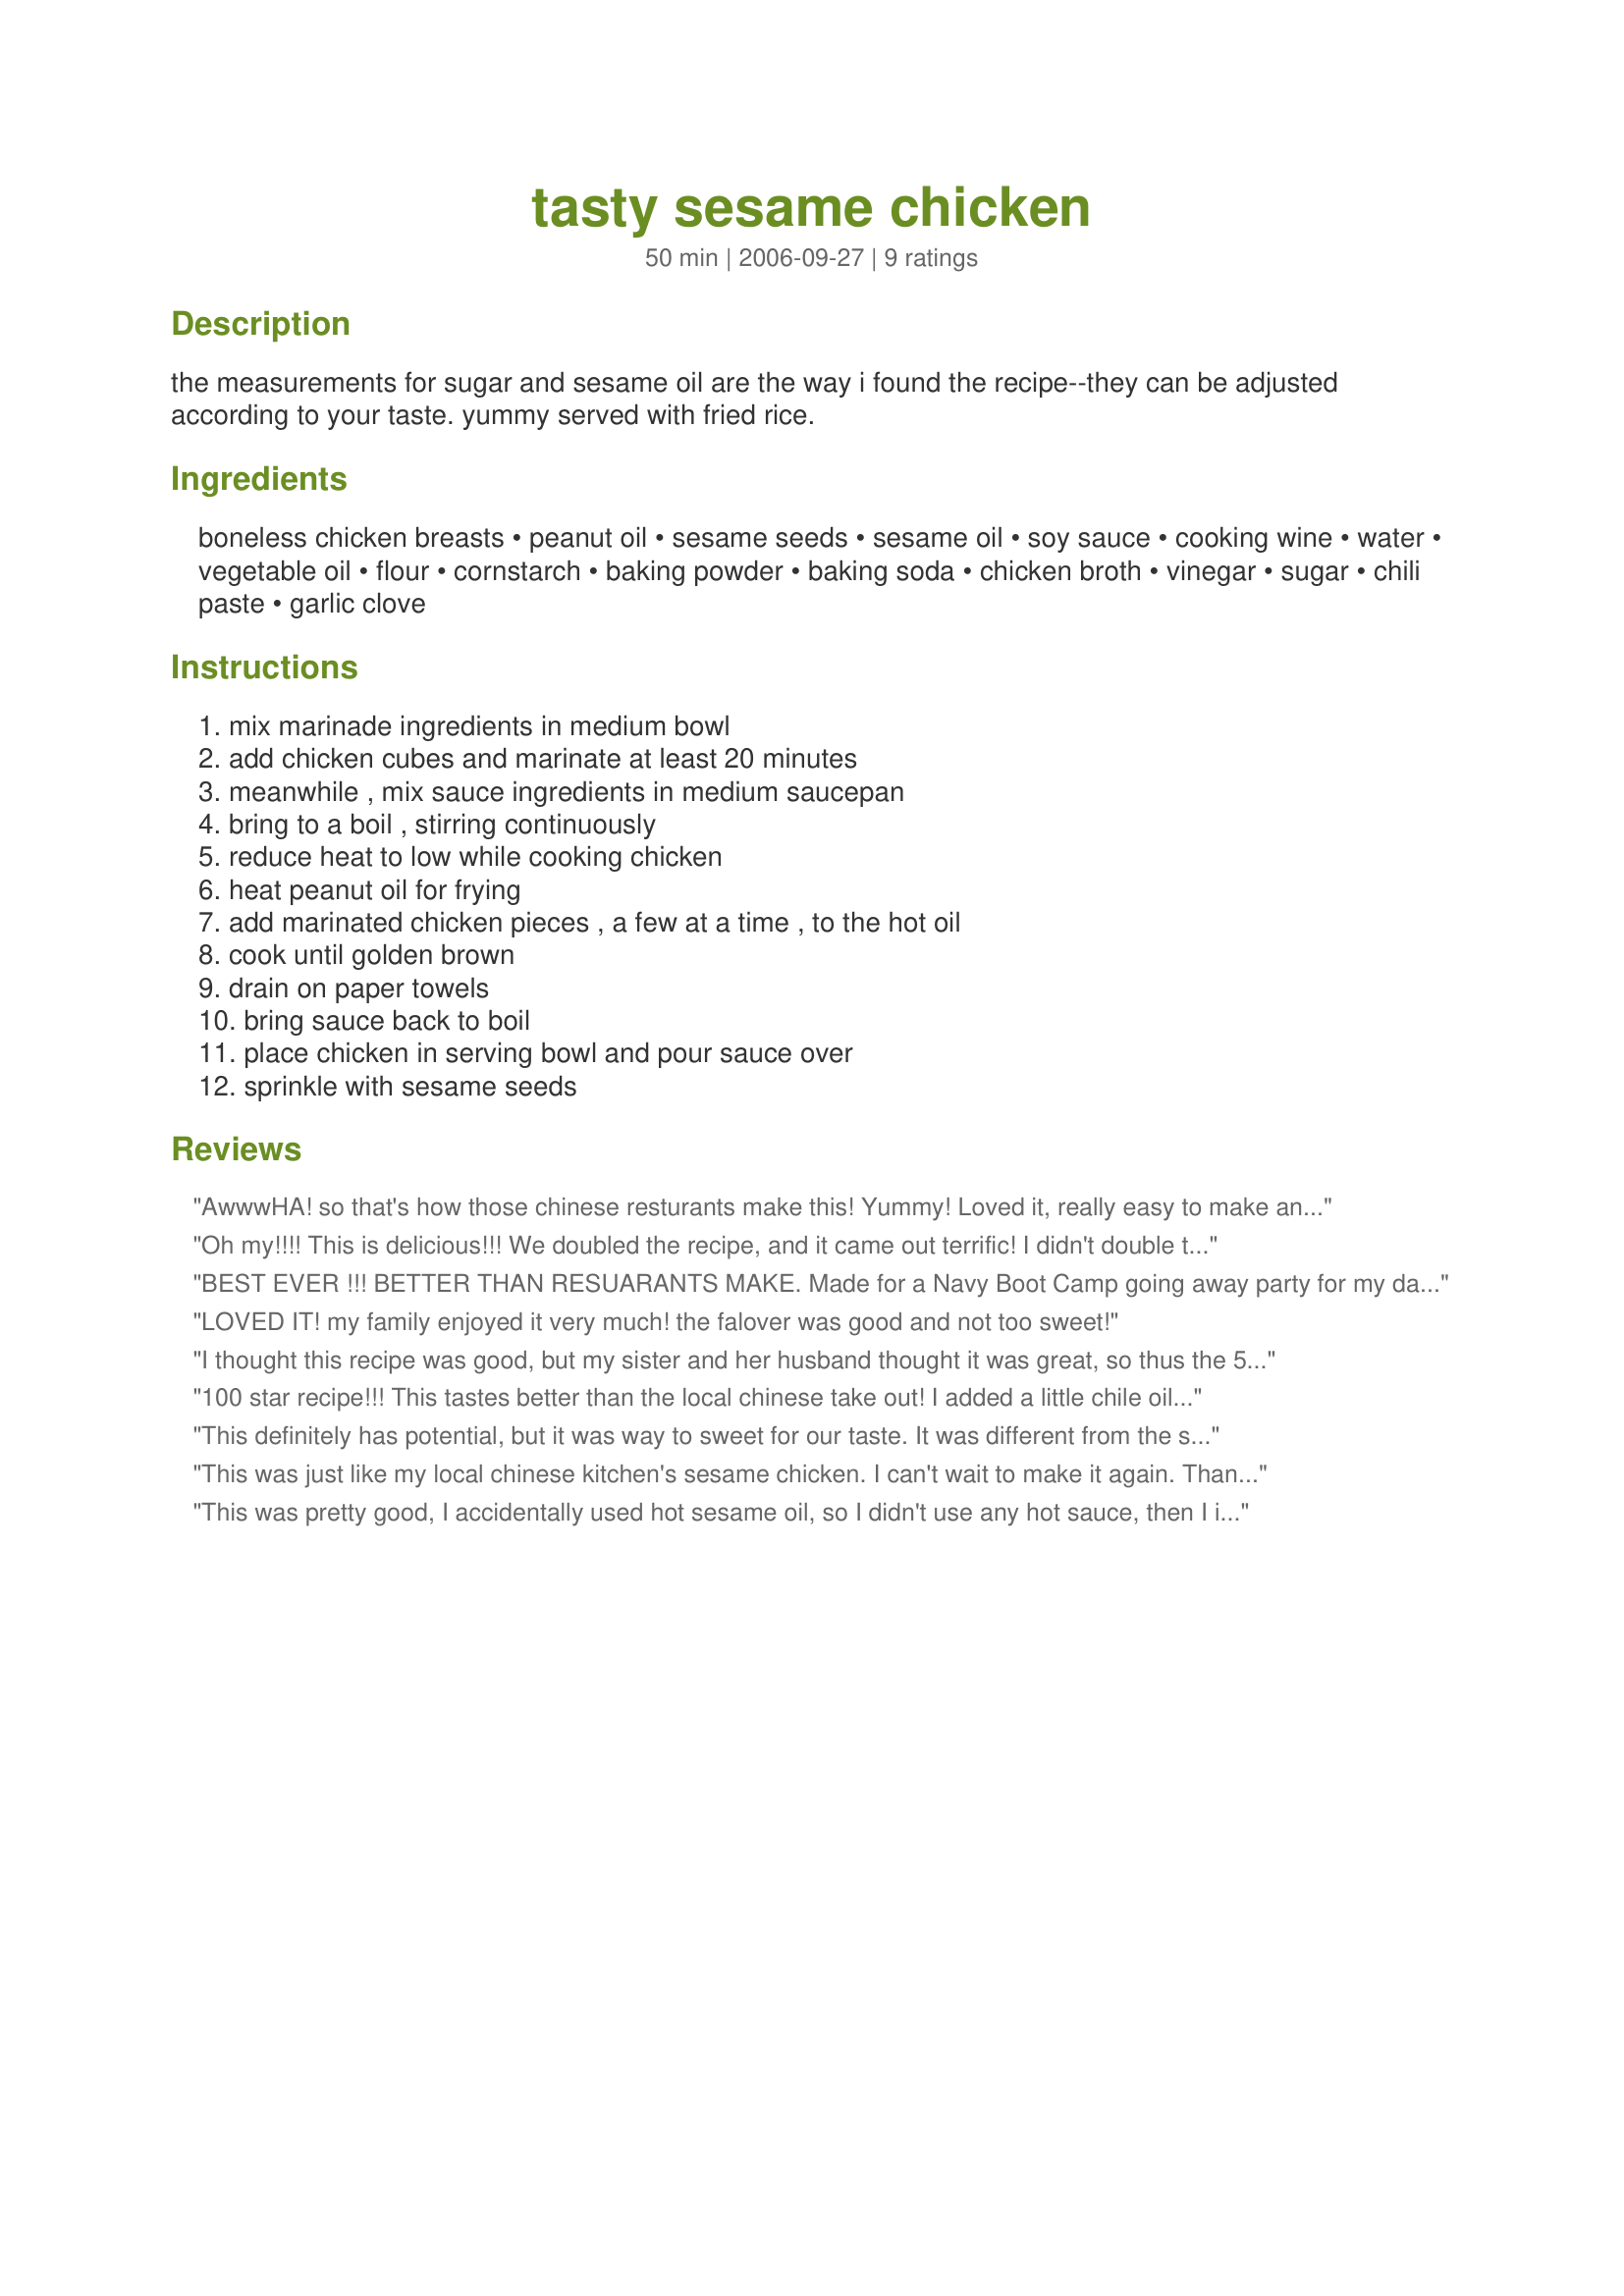
tasty sesame chicken
Preparation time: 50 minutes

the measurements for sugar and sesame oil are the way i found the recipe--they can be adjusted according to your taste. yummy served with fried rice.

Ingredients:
boneless chicken breasts, peanut oil, sesame seeds, sesame oil, soy sauce, cooking wine, water, vegetable oil, flour, cornstarch, baking powder, baking soda, chicken broth, vinegar, sugar, chili paste, garlic clove

Steps:
mix marinade ingredients in medium bowl, add chicken cubes and marinate at least 20 minutes, meanwhile , mix sauce ingredients in medium saucepan, bring to a boil , stirring continuously, reduce heat to low while cooking chicken, heat peanut oil for frying, add marinated chicken pieces , a few at a time , to the hot oil, cook until golden brown, drain on paper towels, bring sauce back to boil, place chicken in serving bowl and pour sauce over, sprinkle with sesame seeds

Reviews:
AwwwHA! so that's how those chinese resturants make this! Yummy! Loved it, really easy to make and it dissappeared just as fast. This is definitely a *keeper* Thank you, thank you for sharing this recipe, now I can make it at home. It is company worthy too! Mmmmm ~V
Oh my!!!! This is delicious!!! We doubled the recipe, and it came out terrific! I didn't double the chili paste though because of the two picky eaters in the house! I will make this before ordering sesame chicken from our local chinese place!! Thanks for posting a great recipe!
BEST EVER !!! BETTER THAN RESUARANTS MAKE. Made for a Navy Boot Camp going away party for my daughter. EVERYONE LOVED IT! I had to give out the recipe.
LOVED IT! my family enjoyed it very much! the falover was good and not too sweet!
I thought this recipe was good, but my sister and her husband thought it was great, so thus the 5 star rating. I was a little nervous about the sesame oil. While I only added the required amount, the smell was quite pungent. 
My sister even commented that the kitchen smelled of the oil. 

When I browned the chicken, I was expecting much more of a coating on the pieces. The chicken did fry up, but perhaps I would try using Panko next time for a crunchier crust.

Ultimately, the strong sesame oil flavor did not overpower the chicken. The sauce cooked up nice and thick and coated the cooked chicken well. I didn't use the chili paste or hot sauce, because I am a whimp. Next time though, I will try using the panko.
100 star recipe!!! This tastes better than the local chinese take out! I added a little chile oil just because we like things spicy. I'm sure this will be a repeat in my house again!
This definitely has potential, but it was way to sweet for our taste. It was different from the sesame chicken at our favorite Chinese restaurant. It tasted like a cross between their sesame chicken and sweet and sour chicken. Instead of the hot sauce and the garlic, I used a couple of squirts of sriracha chili-garlic sauce. It was as hot as my 3-year old will eat food--he ate with a fork in one hand and a glass of milk in the other! I definitely like it, and will try reducing the sugar to see if that helps. Thanks for posting, CookinMamaof2!
This was just like my local chinese kitchen's sesame chicken. I can't wait to make it again. Thank you for sharing.
This was pretty good, I accidentally used hot sesame oil, so I didn't use any hot sauce, then I intentionally quartered the sugar and it was amazing.
